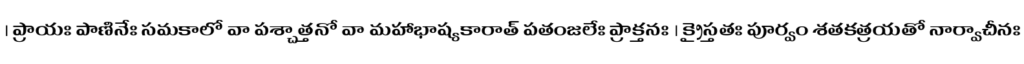
। ప్రాయః పాణినేః సమకాలో వా పశ్చాత్తనో వా మహాభాష్యకారాత్ పతంజలేః ప్రాక్తనః । క్రైస్తతః పూర్వం శతకత్రయతో నార్వాచీనః